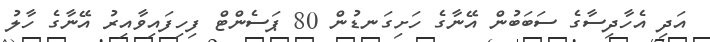
އަދި އެހާދިސާގެ ސަބަބުން އޭނާގެ ހަށިގަނޑުން 80 ޕަސެންޓް ފިހިފައިވާއިރު އޭނާގެ ހާލު